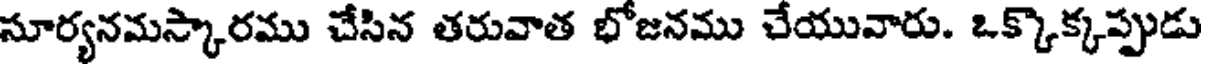
సూర్యనమస్కారము చేసిన తరువాత భోజనము చేయువారు. ఒక్కొక్కప్పుడు